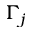
\Gamma _ { j }